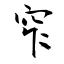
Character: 窄